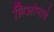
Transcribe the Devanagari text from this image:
लिओनाचे